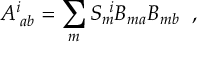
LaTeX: A _ { \; a b } ^ { i } = \sum _ { m } S _ { m } ^ { ~ i } B _ { m a } B _ { m b } \; \; ,